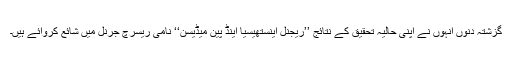
گزشتہ دنوں انہوں نے اپنی حالیہ تحقیق کے نتائج ’’ریجنل اینستھیسیا اینڈ پین میڈیسن‘‘ نامی ریسرچ جرنل میں شائع کروائے ہیں۔